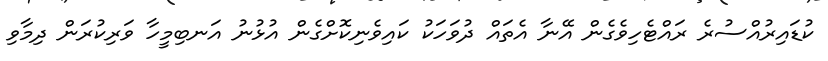
ކުޑައިރުއްސުރެ ރައްޓެހިވެގެން އޭނާ އެތައް ދުވަހަކު ކައިވެނިކޮށްގެން އުޅުނު އަނބިމީހާ ވަރިކުރަން ދިމާވި